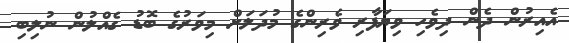
އެއިރުން ދެން ދިވެހި ވިޔަފާރި ވެރިންގެ މުދަލަށް މިވަރުގެ ބޮޑު ގެއްލުން ނުލިބި